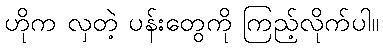
ဟိုက လှတဲ့ ပန်းတွေကို ကြည့်လိုက်ပါ။